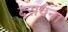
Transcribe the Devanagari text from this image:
दरावना